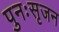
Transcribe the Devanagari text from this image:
पुनःसृजन